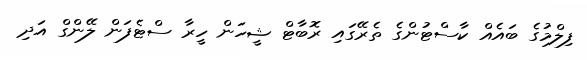
ފިލްމުގެ ބައެއް ކާސްޓުންގެ ތެރޭގައި ރޮބާޓް ޝީހަން ހީރާ ސްޓެފަން ލޭންގް އަދި